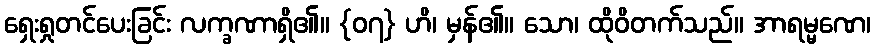
ရှေးရှုတင်ပေးခြင်း လက္ခဏာရှိ၏။ {၀၇} ဟိ၊ မှန်၏။ သော၊ ထိုဝိတက်သည်။ အာရမ္မဏေ၊